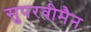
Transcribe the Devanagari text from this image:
सुपरवीमैन